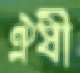
ঐষী